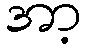
အာ့